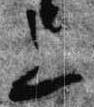
上